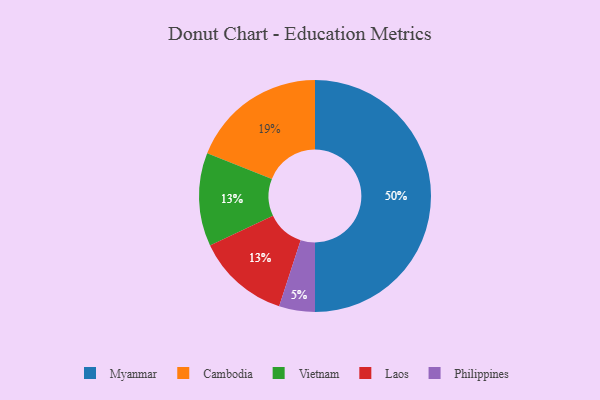
{"axis": {"x": "Category", "y": "Percentage"}, "legend": ["Cambodia", "Laos", "Myanmar", "Philippines", "Vietnam"], "data": [{"x": "Vietnam", "y": 13, "type": "Vietnam"}, {"x": "Myanmar", "y": 50, "type": "Myanmar"}, {"x": "Laos", "y": 13, "type": "Laos"}, {"x": "Philippines", "y": 5, "type": "Philippines"}, {"x": "Cambodia", "y": 19, "type": "Cambodia"}]}